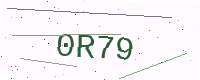
Text: 0R79